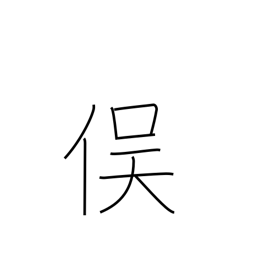
Meaning: junction